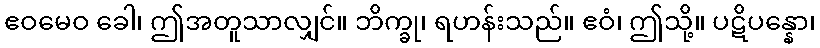
ဧဝမေဝ ခေါ၊ ဤအတူသာလျှင်။ ဘိက္ခု၊ ရဟန်းသည်။ ဧဝံ၊ ဤသို့။ ပဋိပန္နော၊